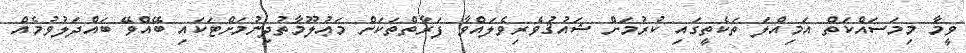
ވީމާ މިމަސައްކަތް އަމިއްލަ ތަކެތީގައި ކުރުމަށް ޝައުޤުވެރިވެލައްވާ ފަރާތްތަކަށް މަޢުލޫމާތުދިނުމަށްޓަކައި ބޭއްވޭ ބައްދަލުވުމެއް